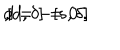
LaTeX: d = - [ s , \delta ] \hspace { 0 . 7 c m } , \hspace { 0 . 7 c m } [ d , \delta ] = 0 \ .